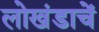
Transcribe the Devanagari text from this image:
लोखंडाचें